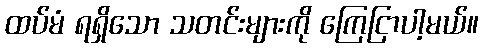
ထပ်မံ ရရှိသော သတင်းများကို ကြေငြာပါ့မယ်။